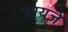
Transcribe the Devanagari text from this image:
जायजे